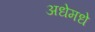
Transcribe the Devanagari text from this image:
अधेमधे